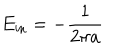
E _ { \mathrm { i n } } = - \frac { 1 } { 2 \pi a }